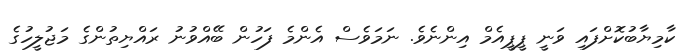
ކާމިޔާބުކޮށްފައި ވަނީ ޕީޕީއެމް އިންނެވެ. ނަމަވެސް އެންމެ ފަހުން ބޭއްވުނު ރައްޔިތުންގެ މަޖުލީހުގެ